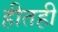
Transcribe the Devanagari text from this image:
हीतही